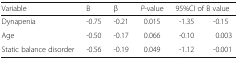
| Variable | B | β | P-value | <COLSPAN=2> 95%CI of B value |
 | --- | --- | --- | --- | --- | --- |
 | Dynapenia | -0.75 | -0.21 | 0.015 | -1.35 | -0.15 |
 | Age | -0.50 | -0.17 | 0.066 | -0.10 | 0.003 |
 | Static balance disorder | -0.56 | -0.19 | 0.049 | -1.12 | -0.001 |